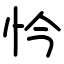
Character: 忴